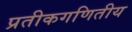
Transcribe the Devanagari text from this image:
प्रतीकगणितीय